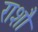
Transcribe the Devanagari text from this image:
राशौ